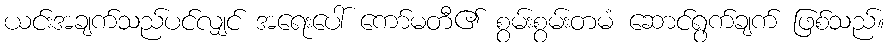
ယင်းအချက်သည်ပင်လျှင် အရေးပေါ် ကော်မတီ၏ စွမ်းစွမ်းတမံ ဆောင်ရွက်ချက် ဖြစ်သည်။